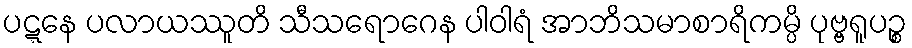
ပဋ္ဋနေ ပလာယဿူတိ သီသရောဂေန ပါဝါရံ အာဘိသမာစာရိကမ္ပိ ပုဗ္ဗရူပဉ္စ